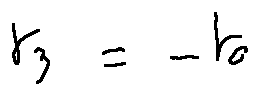
t _ { 3 } = - t _ { 0 }